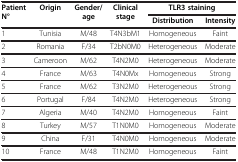
<table><thead><tr><td rowspan="2"><b>Patient N°</b></td><td rowspan="2"><b>Origin</b></td><td rowspan="2"><b>Gender/age</b></td><td rowspan="2"><b>Clinical stage</b></td><td colspan="2"><b>TLR3 staining</b></td></tr><tr><td><b>Distribution</b></td><td><b>Intensity</b></td></tr></thead><tbody><tr><td>1</td><td>Tunisia</td><td>M/48</td><td>T4N3bM1</td><td>Homogeneous</td><td>Faint</td></tr><tr><td>2</td><td>Romania</td><td>F/34</td><td>T2bN0M0</td><td>Heterogeneous</td><td>Moderate</td></tr><tr><td>3</td><td>Cameroon</td><td>M/62</td><td>T4N2M0</td><td>Heterogeneous</td><td>Moderate</td></tr><tr><td>4</td><td>France</td><td>M/63</td><td>T4N0Mx</td><td>Homogeneous</td><td>Strong</td></tr><tr><td>5</td><td>France</td><td>M/62</td><td>T3N2M0</td><td>Heterogeneous</td><td>Strong</td></tr><tr><td>6</td><td>Portugal</td><td>F/84</td><td>T4N2M0</td><td>Heterogeneous</td><td>Strong</td></tr><tr><td>7</td><td>Algeria</td><td>M/40</td><td>T4N2M0</td><td>Homogeneous</td><td>Faint</td></tr><tr><td>8</td><td>Turkey</td><td>M/57</td><td>T1N0M0</td><td>Homogeneous</td><td>Moderate</td></tr><tr><td>9</td><td>China</td><td>F/31</td><td>T4N0M0</td><td>Homogeneous</td><td>Moderate</td></tr><tr><td>10</td><td>France</td><td>M/48</td><td>T1N2M0</td><td>Homogeneous</td><td>Faint</td></tr></tbody></table>